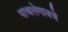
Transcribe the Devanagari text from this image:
पाचलेगावचे